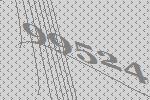
99524